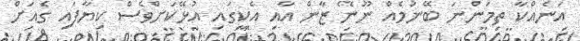
އަނެއްކާ ތިމަންނަ ބޭނުމެއް ނޫނޭ ޒާން އާއި އެކީގައި އުޅޭކަށްވެސް ކިޔާފައި ގެއަށް